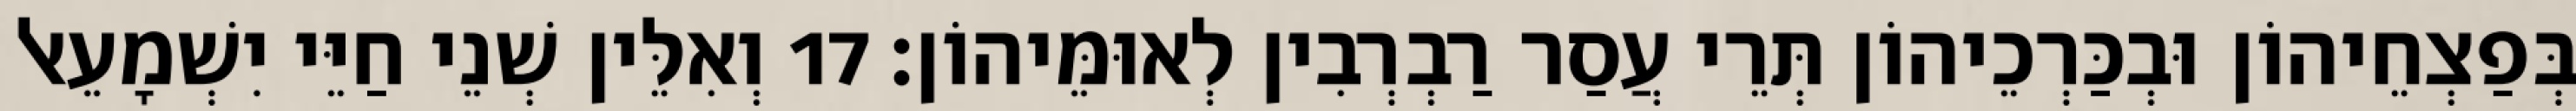
בְּפַצְחֵיהוֹן וּבְכַּרְכֵיהוֹן תְּרֵי עֲסַר רַבְרְבִין לְאוּמֵּיהוֹן׃ 17 וְאִלֵּין שְׁנֵי חַיֵּי יִשְׁמָעֵאל